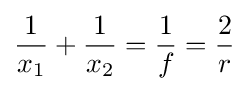
{\frac {1}{x_{1}}}+{\frac {1}{x_{2}}}={\frac {1}{f}}={\frac {2}{r}}\,\!